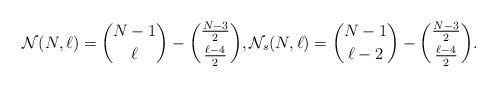
LaTeX: \begin{align*}{\cal{N}}(N,\ell) = { N-1 \choose \ell} -{\frac{N-3}{2} \choose \frac{\ell - 4}{2} },{\cal{N}}_{s}(N,\ell)= {N-1 \choose \ell -2} -{\frac{N-3}{2} \choose \frac{\ell - 4}{2} }. \end{align*}